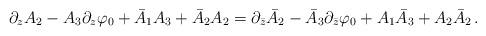
LaTeX: \begin{align*}\partial_zA_2-A_{3}\partial_z\varphi_0+\bar{A}_{1}A_{3}+ \bar{A}_{2}A_{2}=\partial_{\bar{z}}\bar{A}_2-\bar{A}_{3}\partial_{\bar{z}}\varphi_0+A_{1}\bar{A}_{3}+A_{2}\bar{A}_{2}\,.\end{align*}